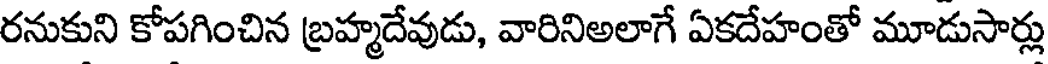
రనుకుని కోపగించిన బ్రహ్మదేవుడు, వారినిఅలాగే ఏకదేహంతో మూడుసార్లు